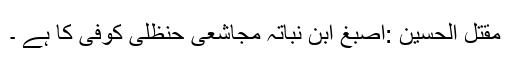
مقتل الحسین :اصبغ ابن نباتہ مجاشعی حنظلی کوفی کا ہے ۔